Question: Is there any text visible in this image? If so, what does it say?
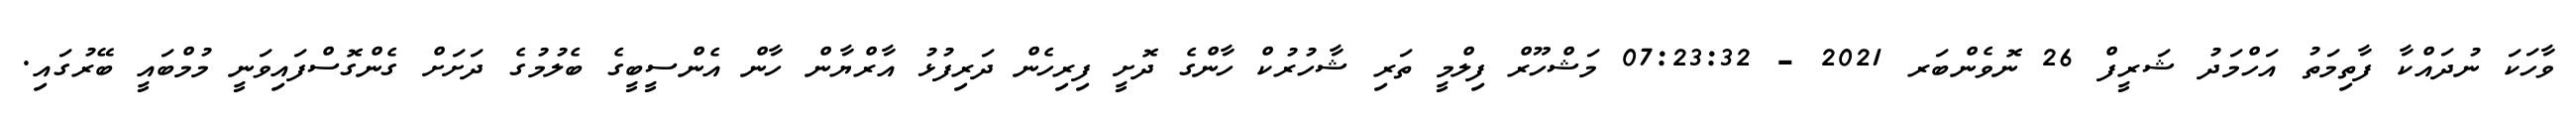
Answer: ވާހަކަ ނުދައްކާ ފާތިމަތު އަހްމަދު ޝަރީފް 26 ނޮވެންބަރ 2021 - 07:23:32 މަޝްހޫރް ފިލްމީ ތަރި ޝާހުރުކް ހާންގެ ދޮށީ ފިރިހެން ދަރިފުޅު އާރްޔާން ހާން އެންސީބީގެ ބެލުމުގެ ދަށަށް ގެންގޮސްފައިވަނީ މުމްބައީ ބޭރުގައި.